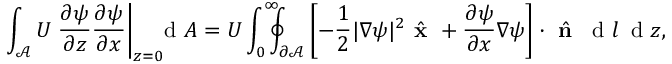
\int _ { \mathcal { A } } U \left. \frac { \partial \psi } { \partial z } \frac { \partial \psi } { \partial x } \right| _ { z = 0 } \! \! \! \! \, \textrm { d } A = U \int _ { 0 } ^ { \infty } \! \! \! \! \oint _ { \partial \mathcal { A } } \left[ - \frac { 1 } { 2 } | \nabla \psi | ^ { 2 } \hat { \textbf { x } } + \frac { \partial \psi } { \partial x } \nabla \psi \right] \cdot \hat { \textbf { n } } \, \textrm { d } l \, \textrm { d } z ,